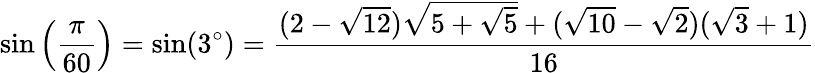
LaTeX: \sin\left({\frac{\pi}{60}}\right)=\sin(3^{\circ})={\frac{(2-{\sqrt{12}}){\sqrt{5+{\sqrt{5}}}}+({\sqrt{10}}-{\sqrt{2}})({\sqrt{3}}+1)}{16}}